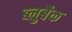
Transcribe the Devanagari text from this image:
ब्लुबैक